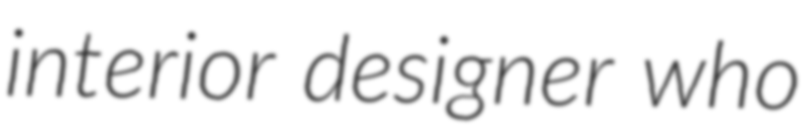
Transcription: interior designer who